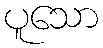
ပူသော